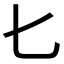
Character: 𠤎